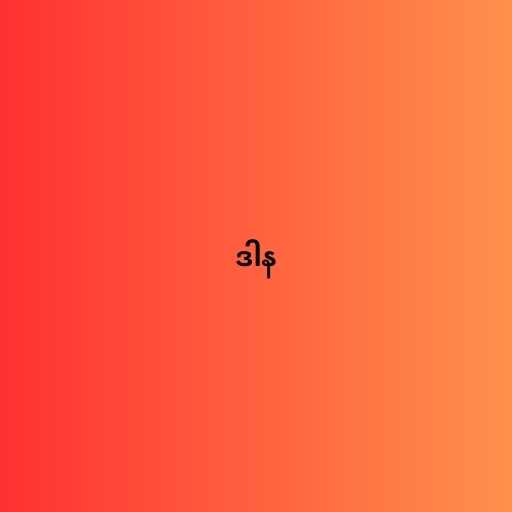
ဒါန